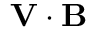
{ \mathbf V } \cdot { \mathbf B }